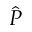
\hat { P }